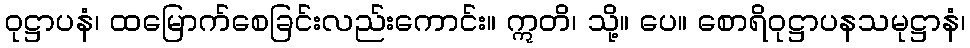
ဝုဋ္ဌာပနံ၊ ထမြောက်စေခြင်းလည်းကောင်း။ ဣတိ၊ သို့။ ပေ။ စောရိဝုဋ္ဌာပနသမုဋ္ဌာနံ၊